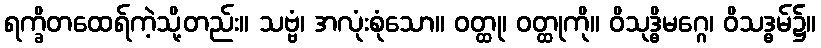
ရက္ခိတထေရ်ကဲ့သို့တည်း။ သဗ္ဗံ၊ အလုံးစုံသော။ ဝတ္ထု၊ ဝတ္ထုကို။ ဝိသုဒ္ဓိမဂ္ဂေ၊ ဝိသဒ္ဓမ်၌။